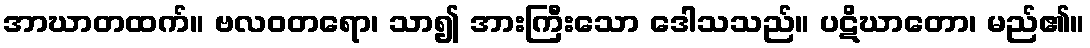
အာဃာတထက်။ ဗလဝတရော၊ သာ၍ အားကြီးသော ဒေါသသည်။ ပဋိဃာတော၊ မည်၏။